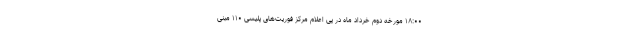
۱۸:۰۰ مورخه دوم خرداد ماه در پی اعلام مرکز فوریت‌های پلیسی ۱۱۰ مبنی